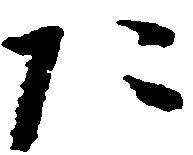
た